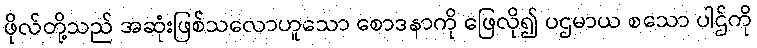
ဖိုလ်တို့သည် အဆုံးဖြစ်သလောဟူသော စောဒနာကို ဖြေလို၍ ပဌမာယ စသော ပါဌ်ကို